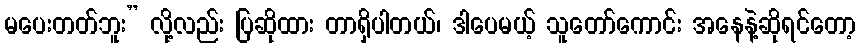
မပေးတတ်ဘူး” လို့လည်း ပြဆိုထား တာရှိပါတယ်၊ ဒါပေမယ့် သူတော်ကောင်း အနေနဲ့ဆိုရင်တော့